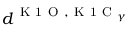
d ^ { \mathrm { ~ K ~ 1 ~ O ~ } , \mathrm { ~ K ~ 1 ~ C ~ } _ { \gamma } }